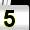
Digit: 5